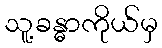
သူ့ခန္ဓာကိုယ်မှ